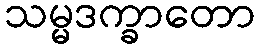
သမ္မဒက္ခာတော